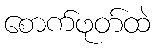
စောက်ဖုတ်ထဲ